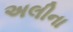
અલીના